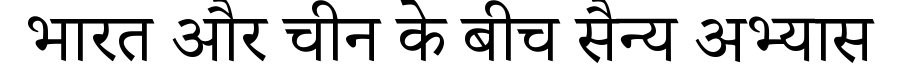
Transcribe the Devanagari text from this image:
भारत और चीन के बीच सैन्य अभ्यास